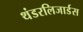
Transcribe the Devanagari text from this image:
थंडरलिजार्डस